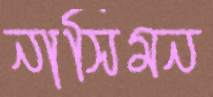
নাসিমন